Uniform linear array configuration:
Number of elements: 16
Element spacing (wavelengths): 1
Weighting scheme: hann
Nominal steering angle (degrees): -45
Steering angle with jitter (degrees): -43.759
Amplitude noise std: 0.05
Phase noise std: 0.05

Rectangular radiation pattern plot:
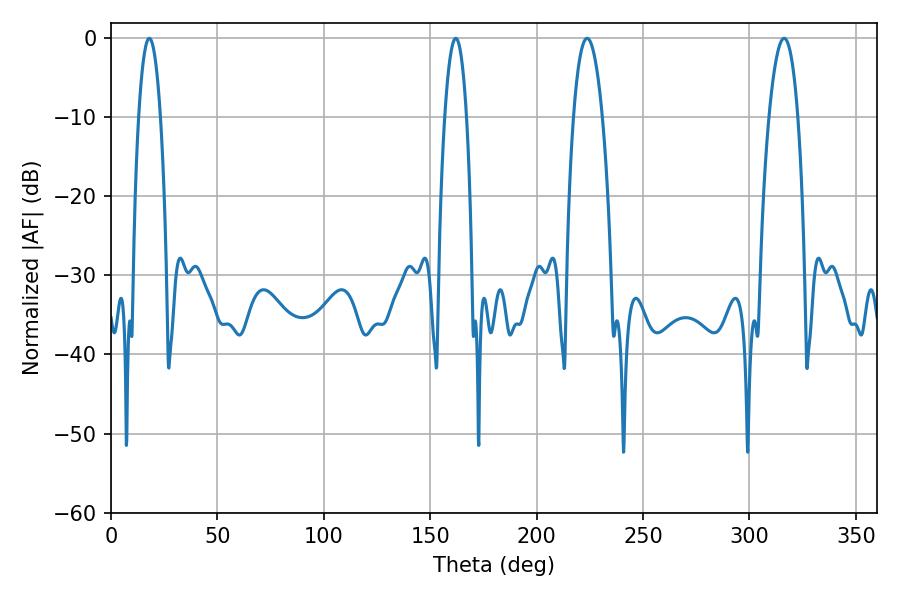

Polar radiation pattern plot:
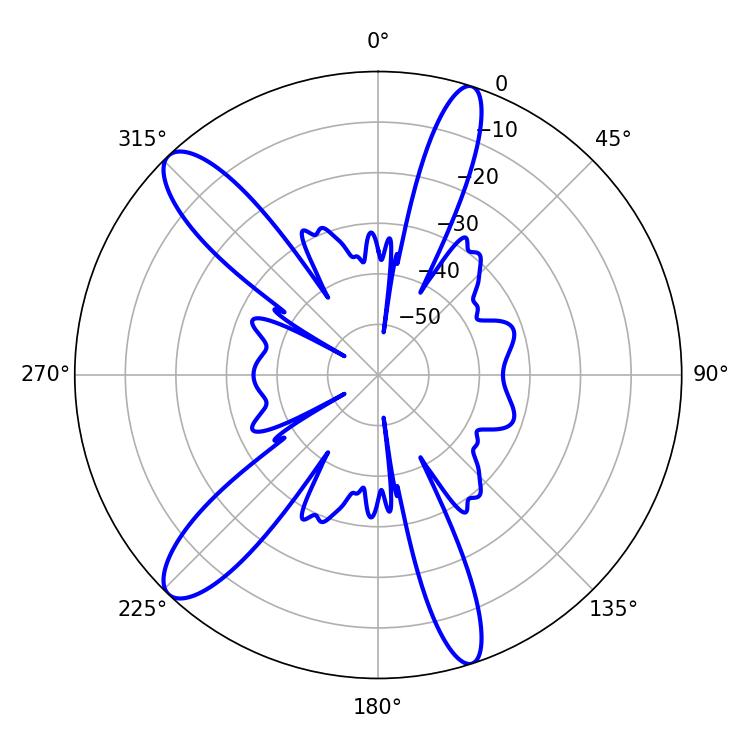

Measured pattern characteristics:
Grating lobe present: TRUE
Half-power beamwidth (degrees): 5.76
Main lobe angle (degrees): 18